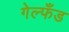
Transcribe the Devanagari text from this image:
गेल्फँड